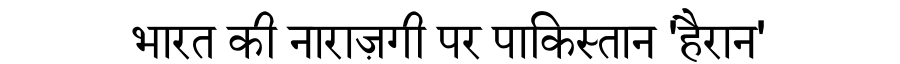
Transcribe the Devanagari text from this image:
भारत की नाराज़गी पर पाकिस्तान 'हैरान'